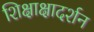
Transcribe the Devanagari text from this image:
शिक्षाक्षादर्शन